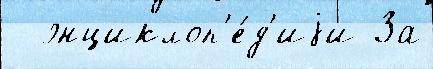
  энциклоп'е́д'иjи За